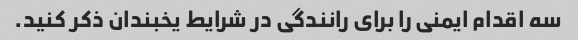
سه اقدام ایمنی را برای رانندگی در شرایط یخبندان ذکر کنید.